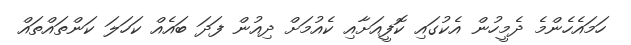
ހަމައެހެންމެ ދެމީހުން އެކުގައި ކޮފީއަށާއި ކެއުމަށް ދިއުން ފަދަ ބައެއް ކަހަލަ ކަންތައްތައް